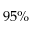
9 5 \%